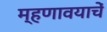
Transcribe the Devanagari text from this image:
म्हणावयाचें